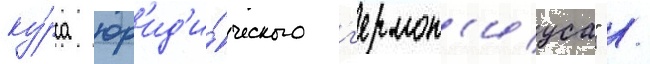
ку́рса юр'ид'и́ческого г'ермон'иуса" /